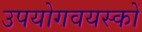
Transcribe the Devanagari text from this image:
उपयोगवयस्कों